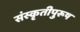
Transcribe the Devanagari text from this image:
संस्कृतीपुरूष